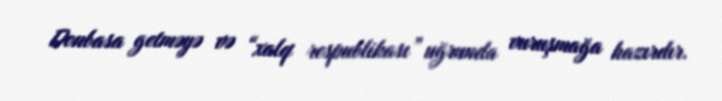
Donbasa getməyə və “xalq respublikası” uğrunda vuruşmağa hazırdır.